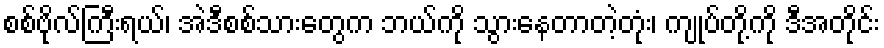
စစ်ဗိုလ်ကြီးရယ်၊ အဲဒီစစ်သားတွေက ဘယ်ကို သွားနေတာတဲ့တုံး၊ ကျုပ်တို့ကို ဒီအတိုင်း